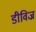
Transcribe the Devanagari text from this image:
डीविज्र